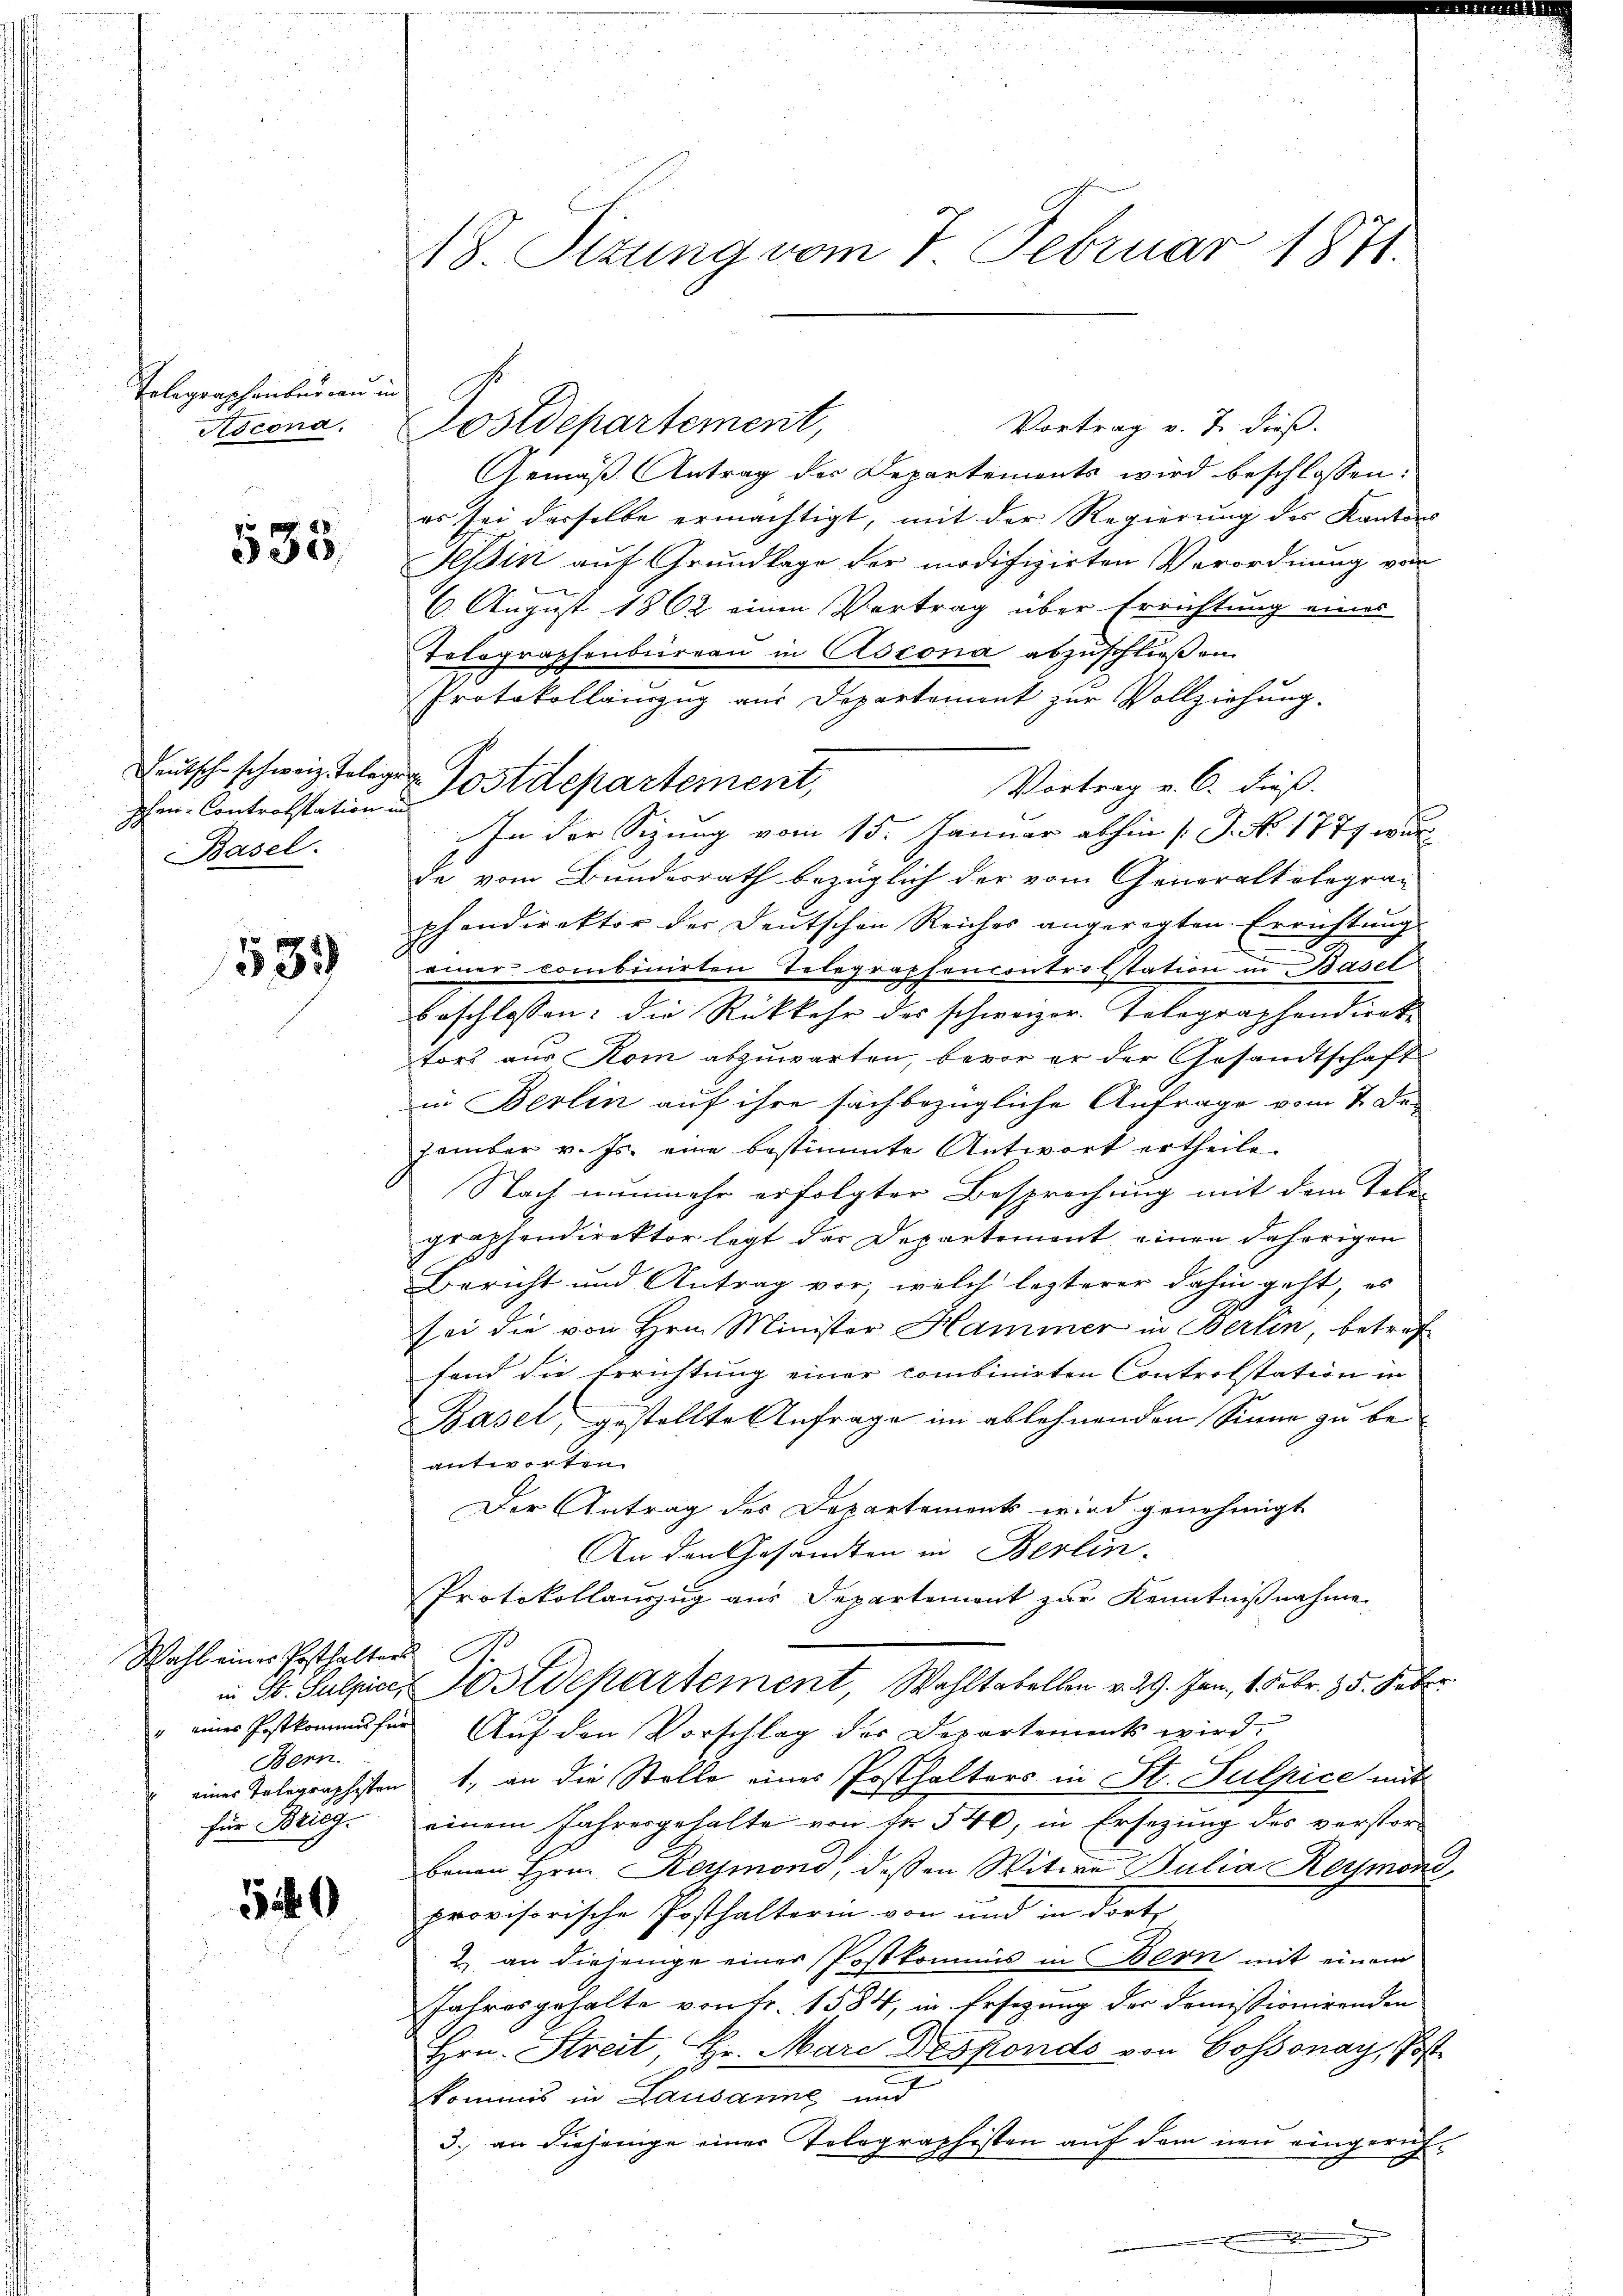
Telegraschenburgun
Ascona.

535.

Ichen-Controtstation und
Basel.

1539

Wahl einer Pesthalters
Bern.

540

8. Sizung vom 7. Februar 1871.

Vortrag v. 7. dieß.
Gemäß Antrag der Departements wird beschlossen:
es sei derselbe ermächtigt, mit der Regierung des Kantons
Tessin auf Grundlage der modifizirten Verordnung von
6. August 1862 einen Vortrag über Errichtung eines
Tolographenbüreau in Ascona abzuschließen.
Protokollauszug aus Departement zur Vollziehung.
Vortrag v. C. dieß.
In der Sitzung vom 15. Januar abhin [J. No 1777 wur
de vom Bundesrath bezüglich der vom Generaltalogran
phondirektor der Deutschen Reiches angeregten Errichtung
ainer combinirten Telegraphencontrobstation in Basel
beschlossen: die Rückkehr des schweizer. Telegraphendirek
tors aus Kom abzuwarten, bevor er der Gesandtschaft
in Berlin auf ihre sachbezügliche Anfrage vom 2. Dezember v. Js. eine bestimmte Antwort ertheile.
Nach nunmehr erfolgter Besprechung mit dem Tali
graphendirektor legt der Departement einen daherigen
Bericht und Antrag vor, welch lezterer dahin geht, es
sei die von Hrn. Minister Hammer in Berlin, betref
fand die Errichtung einer combinirten Controlstation in
Basel, gestellte Anfrage im ablehnenden Sinne zu beantworten.
Der Antrag des Departements wird genehmigt
An den Gesandten in Berlin.
Protokollauszug aus Departement zur Kenntnißnahme
C
in St. Sulzice, Postdepartement, Wohltabellen v. 29. Jan. 1. Febr. 25. Feber
" eines Postkommes für Auf den Vorschlag der Departements wird
einer Telegraphisten 1. an die Stelle eines Posthalters in St. Sulpice mit
für Brieg. einem Jahresgehalte von Fr. 540, in Ersezung des verstorbenen Hrn. Reymond, dessen Witwe Julia Reymond,
provisorische Posthalterin von und in dort
2. an diejenige einer Postkommis in Bern mit einem
Jahresgehalte von Fr. 1584, in Ersezung der Demissionirenden
Hrn. Streit, Hr. Mare Desponds von Cossonay, Post
.
kommis in Lausanne und
3. an diejenige einer Telegraphisten auf dem neu eingeruf-
.
x

Dostdepartement,

eutsch schweiz. Telege Postdepartement,